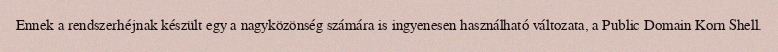
Ennek a rendszerhéjnak készült egy a nagyközönség számára is ingyenesen használható változata, a Public Domain Korn Shell.